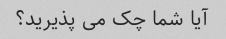
آیا شما چک می پذیرید؟